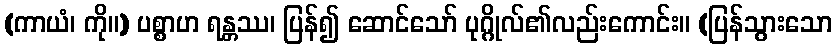
(ကာယံ၊ ကို။) ပစ္စာဟ ရန္တဿ၊ ပြန်၍ ဆောင်သော် ပုဂ္ဂိုလ်၏လည်းကောင်း။ (ပြန်သွားသော